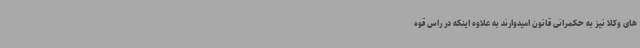
های وکلا نیز به حکمرانی قانون امیدوارند به علاوه اینکه در راس قوه